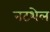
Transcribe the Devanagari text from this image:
नटशेल